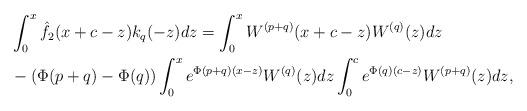
LaTeX: \begin{align*}&\int_{0}^{x}\hat{f}_2(x+c-z)k_q(-z)dz=\int_{0}^{x}W^{(p+q)}(x+c-z)W^{(q)}(z)dz\\&-(\Phi(p+q)-\Phi(q))\int_{0}^{x}e^{\Phi(p+q)(x-z)}W^{(q)}(z)dz\int_{0}^{c}e^{\Phi(q)(c-z)}W^{(p+q)}(z)dz,\end{align*}